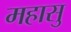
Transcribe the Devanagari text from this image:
महासु